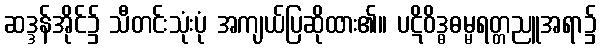
ဆဒ္ဒန်အိုင်၌ သီတင်းသုံးပုံ အကျယ်ပြဆိုထား၏။ ပဋိဝိဒ္ဓဓမ္မရတ္တညူအရာ၌